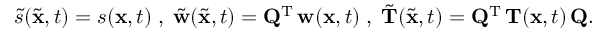
\begin{array} { r } { \tilde { s } ( \tilde { { \mathbf x } } , t ) = s ( { \mathbf x } , t ) \; , \; \tilde { { \mathbf w } } ( \tilde { { \mathbf x } } , t ) = { \mathbf Q } ^ { { \mathrm T } } \, { \mathbf w } ( { \mathbf x } , t ) \; , \; \tilde { { \mathbf T } } ( \tilde { { \mathbf x } } , t ) = { \mathbf Q } ^ { { \mathrm T } } \, { \mathbf T } ( { \mathbf x } , t ) \, { \mathbf Q } . } \end{array}